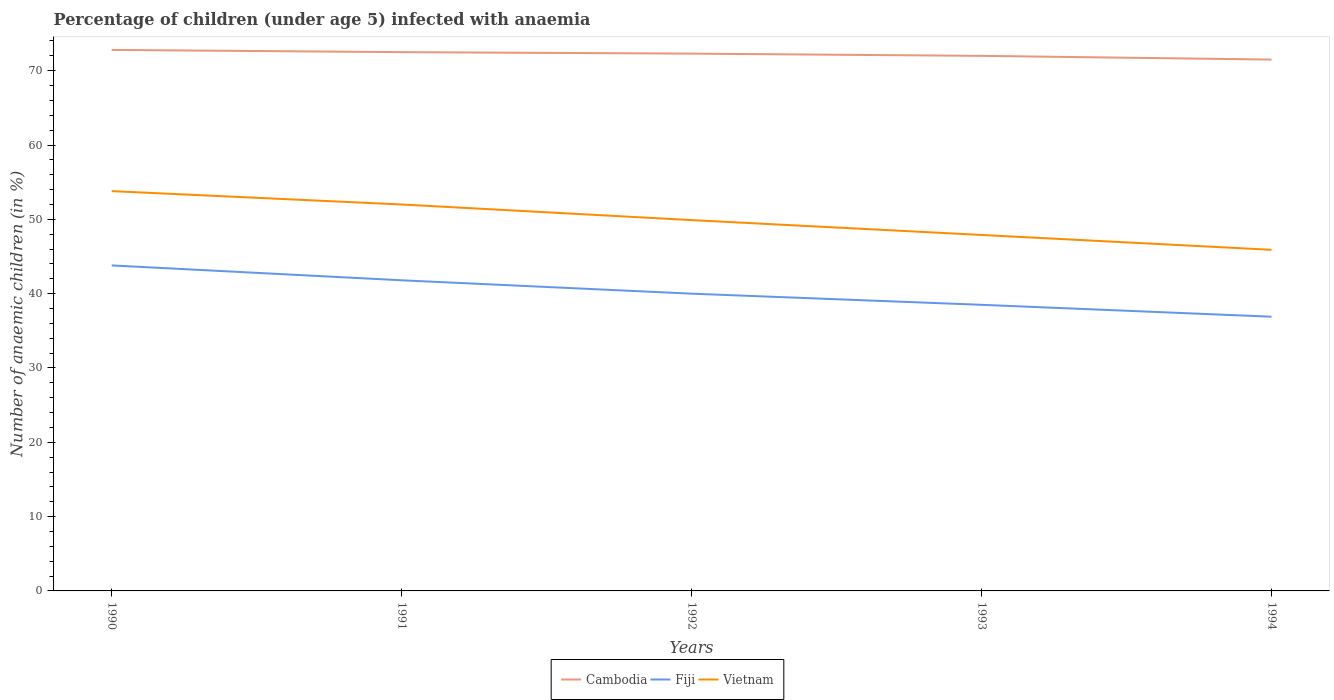
| Years | Cambodia | Fiji | Vietnam |
 | --- | --- | --- | --- |
 | 1990 | 72.8 | 43.8 | 53.8 |
 | 1991 | 72.5 | 41.8 | 52 |
 | 1992 | 72.3 | 40 | 49.9 |
 | 1993 | 72 | 38.5 | 47.9 |
 | 1994 | 71.5 | 36.9 | 45.9 |